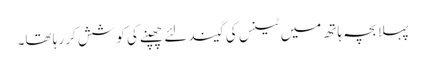
پہلا بچہ ہاتھ میں ٹینس کی گیند لئے چھپنے کی کوشش کر رہا تھا۔